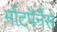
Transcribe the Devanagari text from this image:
मोंटपैर्नैसे